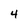
Character: 4